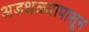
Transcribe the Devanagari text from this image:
अडथळ्यापासून